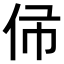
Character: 𠇛